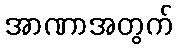
အာဏာအတွက်